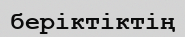
беріктіктің